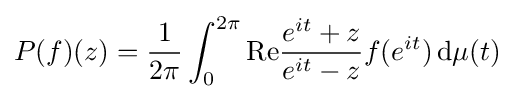
P(f)(z)={\frac {1}{2\pi }}\int _{0}^{2\pi }\mathrm {Re} {\frac {e^{it}+z}{e^{it}-z}}f(e^{it})\,\mathrm {d} \mu (t)